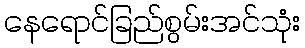
နေရောင်ခြည်စွမ်းအင်သုံး